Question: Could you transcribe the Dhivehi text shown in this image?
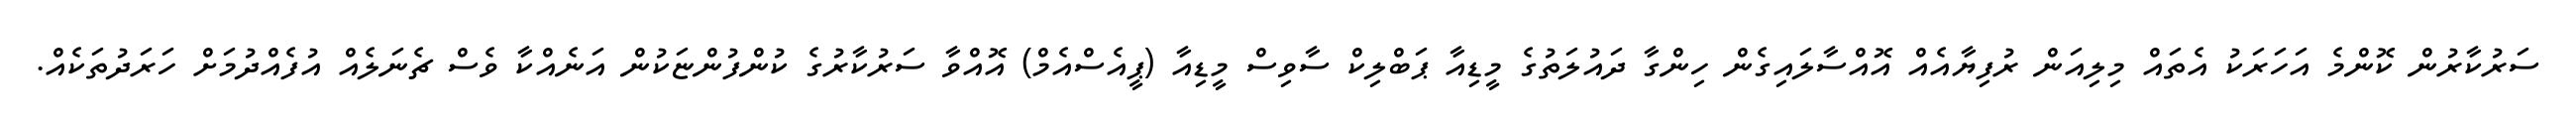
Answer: ސަރުކާރުން ކޮންމެ އަހަރަކު އެތައް މިލިއަން ރުފިޔާއެއް އޮއްސާލައިގެން ހިންގާ ދައުލަތުގެ މީޑިއާ ޕަބްލިކް ސާވިސް މީޑިއާ (ޕީއެސްއެމް) އޮއްވާ ސަރުކާރުގެ ކުންފުންޏަކުން އަނެއްކާ ވެސް ޗެނަލެއް އުފެއްދުމަށް ހަރަދުތަކެއް.